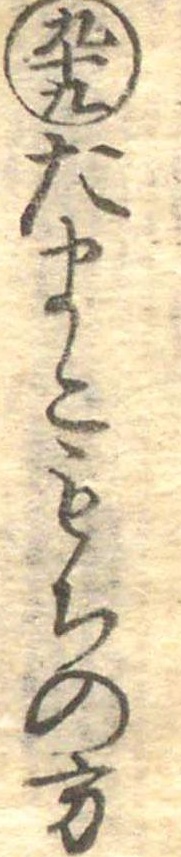
九十九たまこもちの方